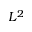
L ^ { 2 }